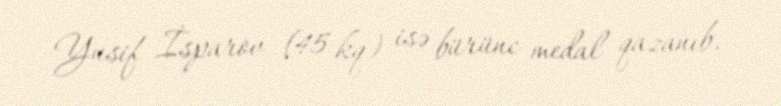
Yusif İsparov (45 kq) isə bürünc medal qazanıb.